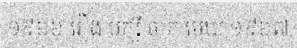
១៩៦៦ រឿង បក្សី ចាក មេឃ ១៩៦៧